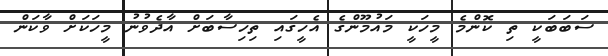
ސަބަބަކީ ތި ކޮންމެ މީހަކީ މައުމޫންގެ އެހީގައި ތިހިސާބަށް އާދެވުނު މީހަކަށް ވާކަން